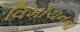
વિમોચનના